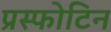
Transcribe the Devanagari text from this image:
प्रस्फोटिन